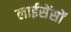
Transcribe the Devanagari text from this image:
लाईसेंसों